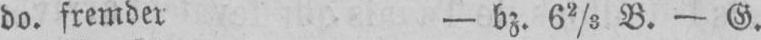
do. fremden - bz. 62/3 B. - G.